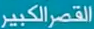
القصر الكبير